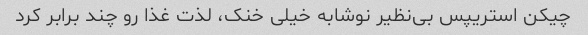
چیکن استریپس بی‌نظیر نوشابه خیلی خنک، لذت غذا رو چند برابر کرد